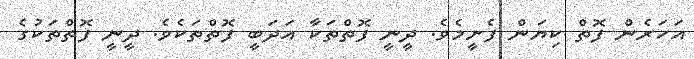
އަހަރެން ފޮތް ކިޔަން ފެށީމެވެ. ދީނީ ފޮތްތަކާ އަދަބީ ފޮތްތަކެވެ. ދީނީ ފޮތްތަކުގެ